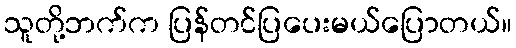
သူတို့ဘက်က ပြန်တင်ပြပေးမယ်ပြောတယ်။